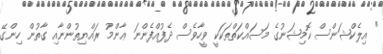
" އިލެކްޝަންސް ކޮމިޝަނުގެ މަސައްކަތްތަކަކީ ވީހާވެސް ދެފުއްފެންނަ ޢާންމު ރައްޔިތުންނާއި ގާތުން ހިންގޭ